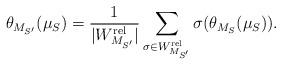
LaTeX: \begin{align*}{}\theta_{M_{S'}}(\mu_{S})= \frac{1}{|W^{\mathrm{rel}}_{M_{S'}}|} \sum\limits_{\sigma \in W^{\mathrm{rel}}_{M_{S'}}} \sigma( \theta_{M_S}( \mu_S)).\end{align*}